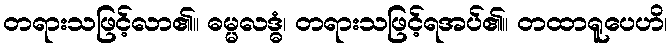
တရားသဖြင့်လာ၏။ ဓမ္မလဒ္ဓံ၊ တရားသဖြင့်ရအပ်၏။ တထာရူပေဟိ၊